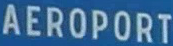
AEROPORT